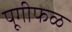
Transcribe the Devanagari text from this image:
पूगीफळ